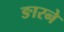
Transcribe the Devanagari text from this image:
ङारने